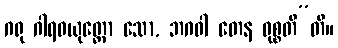
ဂရု ဂါရဝယုတ္တော သော, ဘဂဝါ တေန ဝုစ္စတီ”တိ။